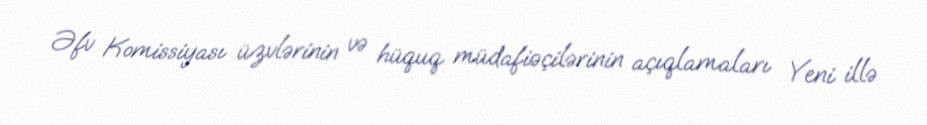
Əfv Komissiyası üzvlərinin və hüquq müdafiəçilərinin açıqlamaları Yeni illə